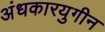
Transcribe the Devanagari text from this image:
अंधकारयुगीन